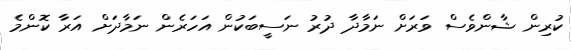
ކުރިން ޝާންވެސް ވަރަށް ނަމާދާ ދުރު ނަސީބަކުން އަހަރެން ނަމާދަށް އަރާ ކޮންމެ